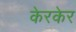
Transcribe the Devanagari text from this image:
केरकेर